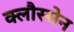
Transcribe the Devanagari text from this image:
क्लौस्सेन